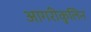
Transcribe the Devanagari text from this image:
आगरीकुलिन